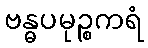
ဗန္ဓပမုဉ္စကရံ